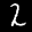
Label: 2